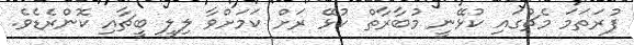
ފުރަތަމަ މެޗުގައި ކުޅޭނީ މުބާރާތް ކުޅޭ ރަށް ކަމަށްވާ ލިލީ ބީޗާއި ކޮންރެޑެވެ.